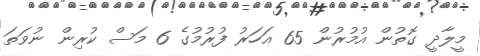
މީލާދީ ގޮތުން އުމުރުން 65 އަހަރު ފުރުމުގެ 6 މަސް ކުރިން ނުވަތަ